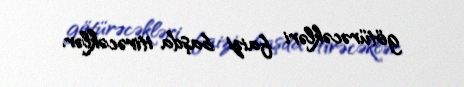
götürəcəkləri faizi başda itirəcəklər.